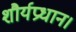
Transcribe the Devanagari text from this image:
शौर्यप्रधान।